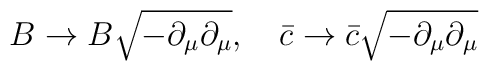
B\rightarrow B\sqrt{-\partial_{\mu}\partial_{\mu}}, \ \ \ \bar{c}\rightarrow \bar{c}\sqrt{-\partial_{\mu}\partial_{\mu}}